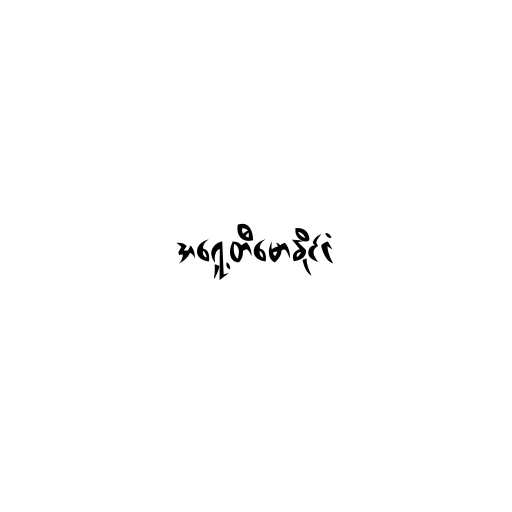
အရှေ့တီမောနိုင်ငံ